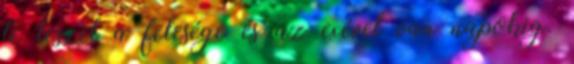
te leszel a felesége és az exével van napokig.